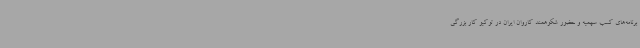
برنامه‌های کسب سهمیه و حضور شکوهمند کاروان ایران در توکیو کار بزرگی